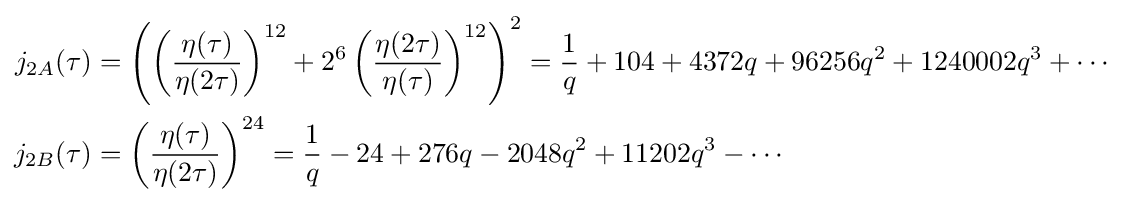
{\begin{aligned}j_{2A}(\tau )&=\left(\left({\frac {\eta (\tau )}{\eta (2\tau )}}\right)^{12}+2^{6}\left({\frac {\eta (2\tau )}{\eta (\tau )}}\right)^{12}\right)^{2}={\frac {1}{q}}+104+4372q+96256q^{2}+1240002q^{3}+\cdots \\j_{2B}(\tau )&=\left({\frac {\eta (\tau )}{\eta (2\tau )}}\right)^{24}={\frac {1}{q}}-24+276q-2048q^{2}+11202q^{3}-\cdots \end{aligned}}